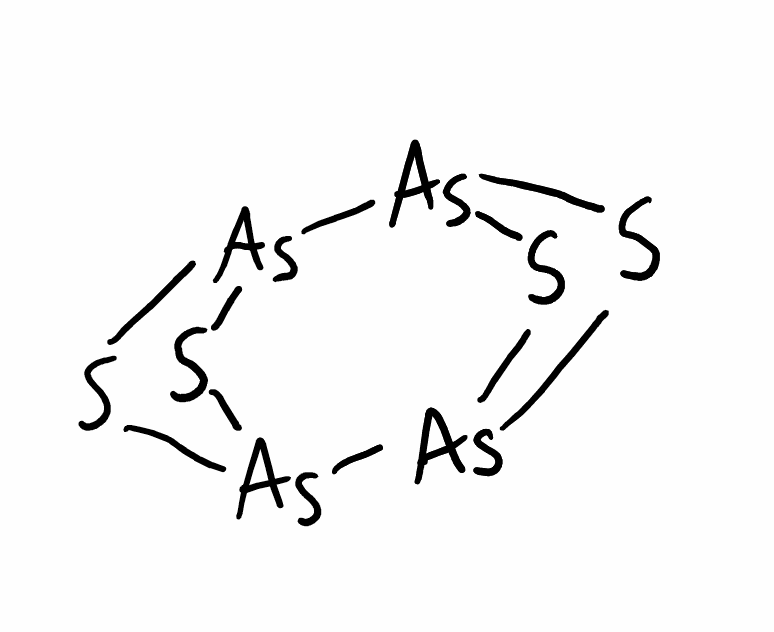
Simplified molecular-input line-entry system (SMILES) notation of the given molecule:
S1[As]2S[As]1[As]3S[As]2S3